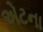
એટના